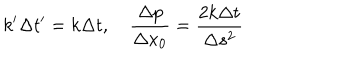
k ^ { \prime } \Delta t ^ { \prime } = k \Delta t , \quad { \frac { \Delta p } { \Delta x _ { 0 } } } = { \frac { 2 k \Delta t } { \Delta s ^ { 2 } } }